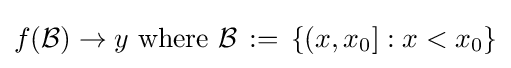
f({\mathcal {B}})\to y{\text{ where }}{\mathcal {B}}\,:=\,\left\{\left(x,x_{0}\right]:x<x_{0}\right\}